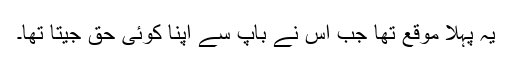
یہ پہلا موقع تھا جب اس نے باپ سے اپنا کوئی حق جیتا تھا۔